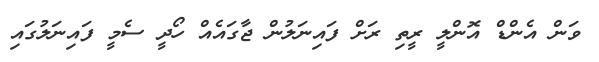
ވަން އެންޑް އޮންލީ ރީތި ރަށް ފައިނަލުން ޖާގައެއް ހޯދީ ސެމީ ފައިނަލުގައި